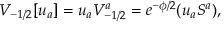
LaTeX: V _ { - 1 / 2 } [ u _ { a } ] = u _ { a } V _ { - 1 / 2 } ^ { a } = e ^ { - \phi / 2 } ( u _ { a } S ^ { a } ) ,